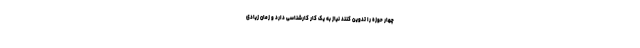
چهار حوزه را تدوین کنند نیاز به یک کار کارشناسی دارد و زمان زیادی